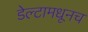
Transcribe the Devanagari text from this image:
डेल्टामधूनच